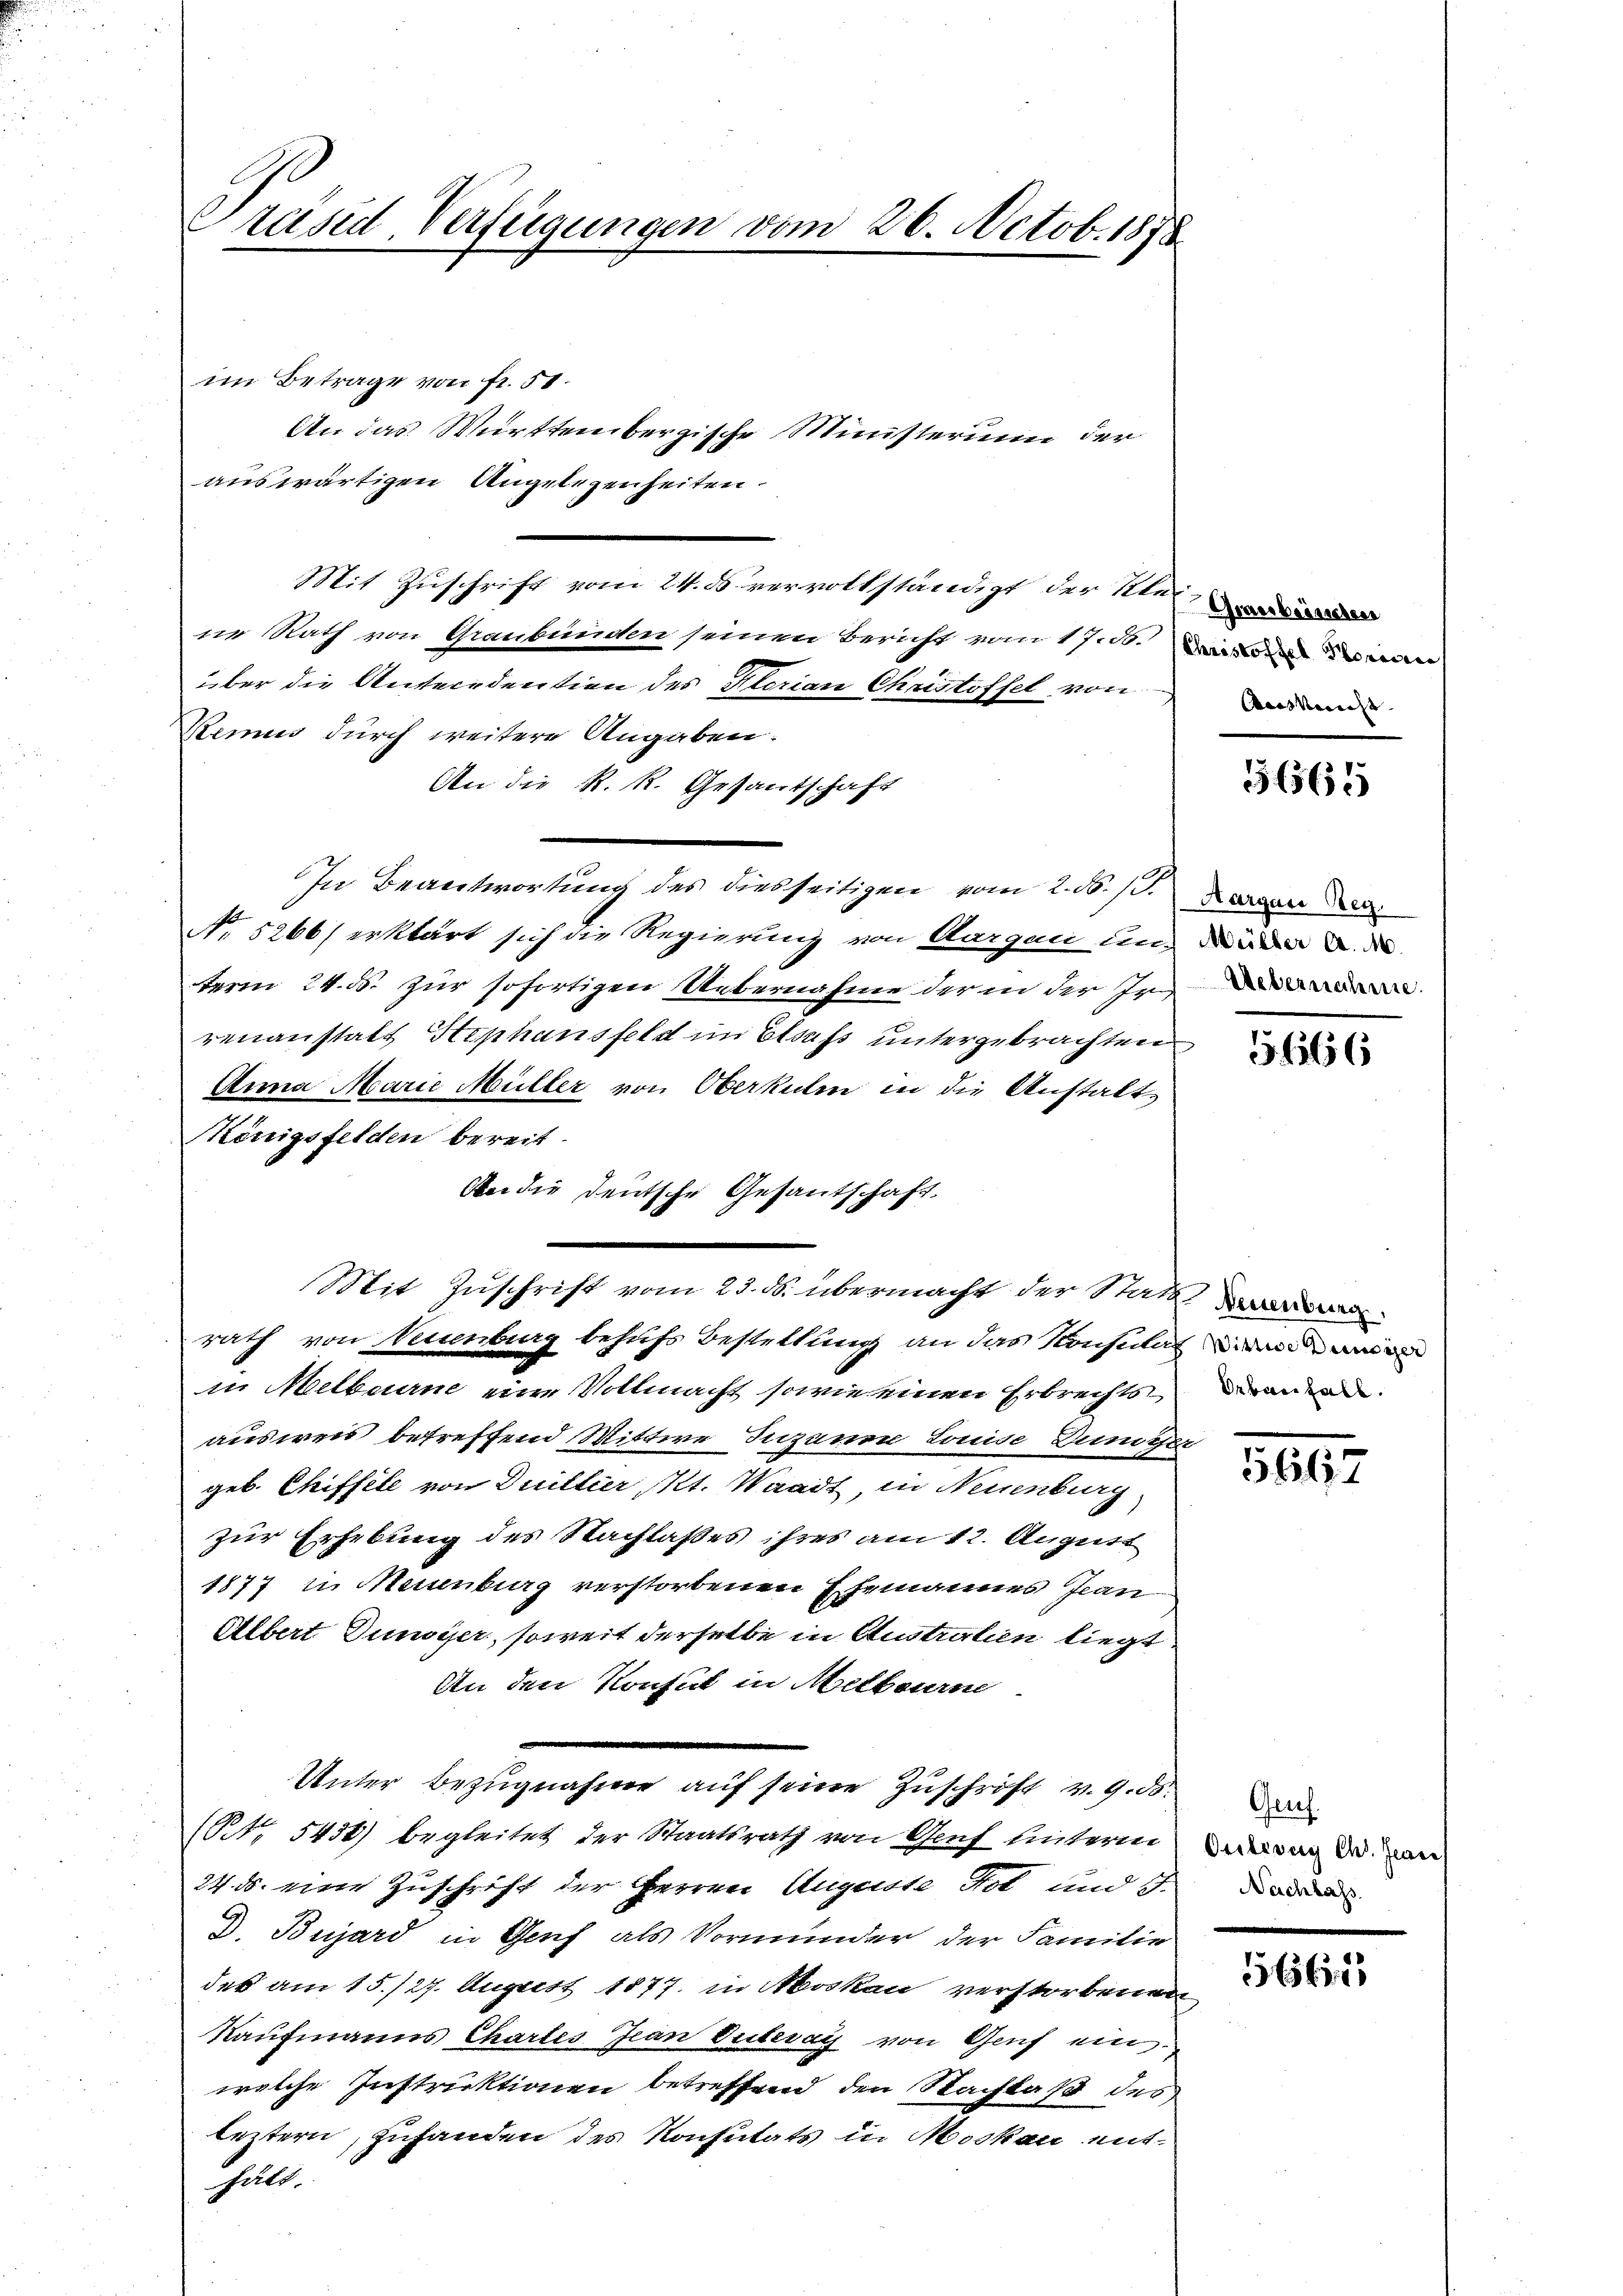
Präsid. Verfügungen vom 26. Octob. 1878

im Betrage von fr. 51.
auswärtigen Angelegenheiten.
Mit Zuschrift vom 24. ds vervollständigt der Stel, da die
ne Rath von Graubünden seinen Bericht vom 17. 30. Die in man
über die Antecedention des Klorian Christoffel von
Kemus durch weitere Angaben.
An die R. R. Gesantschaft
In Beantwortung des diesseitigen vom 2. d. 1. Loren
No 5266) erklärt sich die Regierung von Aargau und Wider
term 24. ds. zur sofortigen Uebernahme der in der In
renanstatt Hephansfelst im Elsass untergebrachten
Anna Marie Müller von Oberkulm in die Anstalt
Königsfelden bereit.
An die deutsche Gesantschaft.
rath von Neuenburg behufs Bestellung an das Konsmal mi
in Melberne eine Vollmacht sowie einen Erbrechts anden
ausweis betreffend Wittwe Juzinen Louise Duniger
geb. Chiffele von Duillier, Kt. Waadt, in Neuenburg
zur Erhebung des Nachlaßes ihres am 12. August
1877 in Neuenburg verstorbenen Ehemannes Jean
Albert unser, soweit derselbe in Australien liegt
An den Konsul in Melbourn
Unter Bezugnahme auf seine Zuschrift v. 9. ds.
(No 5436) begleitet der Staatsrath von Genf hinterm
24. ds. eine Zuschrift der Herren Auguste Not und 3.
D. Bujard in Genf als Vormunder der Familie
des am 15./27. August 1877 in Moskau verstorbenen
Kaufmanns Chartes Jean Putevay von Genf ein
welche Instruktionen betreffend den Nachlaß des
leztern, zufanden des Konsutats in Moskau enthält.

An das Württembergische Ministerium der

Mit Zuschrift vom 23. ds. übermacht der Statt

Ausmacht. |

36565

5666

1807

Gruf.
Oulevay Ch. Frau
Nachlass

5661